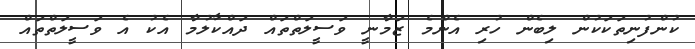
ކުންފުނިތަކަކުން ލިބެން ހުރި އެންމެ ޒަމާނީ ވަސީލަތްތައް ދައްކާލުމާ އެކު އެ ވަސީލަތްތައް